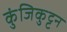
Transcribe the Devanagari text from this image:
कुंजिकुट्टन